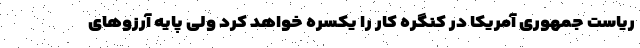
ریاست جمهوری آمریکا در کنگره کار را یکسره خواهد کرد ولی پایه آرزوهای